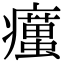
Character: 𤻹